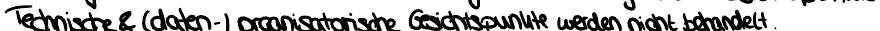
Technische & (daten-) organisatorische Gesichtspunkte werden nicht behandelt.